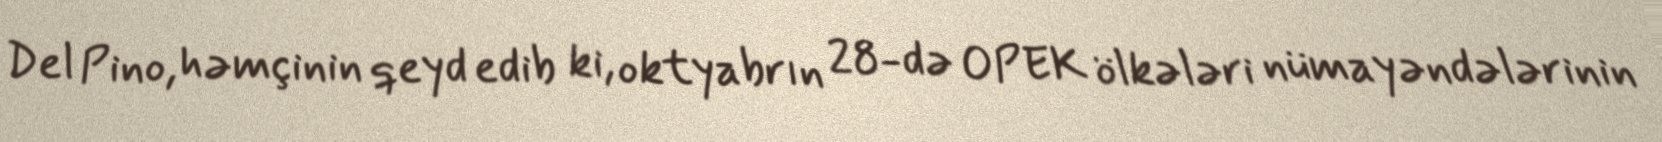
Del Pino, həmçinin qeyd edib ki, oktyabrın 28-də OPEK ölkələri nümayəndələrinin